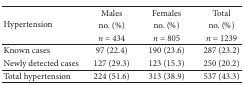
<table><thead><tr><td rowspan="3"><b>Hypertension</b></td><td><b>Males</b></td><td><b>Females</b></td><td><b>Total</b></td></tr><tr><td><b>no. (%)</b></td><td><b>no. (%)</b></td><td><b>no. (%)</b></td></tr><tr><td><b><i>n</i> = 434</b></td><td><b><i>n</i> = 805</b></td><td><b><i>n</i> = 1239</b></td></tr></thead><tbody><tr><td>Known cases</td><td>97 (22.4)</td><td>190 (23.6)</td><td>287 (23.2)</td></tr><tr><td>Newly detected cases</td><td>127 (29.3)</td><td>123 (15.3)</td><td>250 (20.2)</td></tr><tr><td>Total hypertension</td><td>224 (51.6)</td><td>313 (38.9)</td><td>537 (43.3)</td></tr></tbody></table>